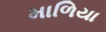
માળિયા